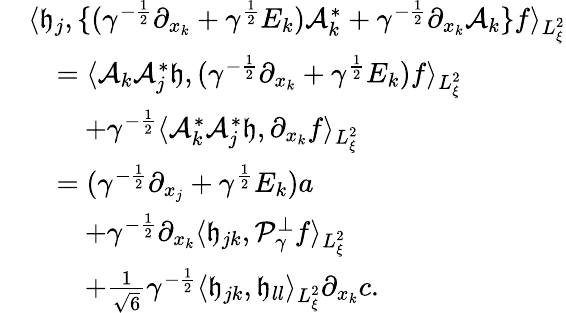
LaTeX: \begin{array}{rl}&{\langle\mathfrak h_{j},\{ (\gamma^{-\frac{1}{2}}\partial_{x_{k}}+\gamma^{\frac{1}{2}}E_{k})\mathcal A_{k}^{*}+\gamma^{-\frac{1}{2}}\partial_{x_{k}}\mathcal A_{k}\} f\rangle_{L_{\xi}^{2}}}\\ &{\quad=\langle\mathcal A_{k}\mathcal A_{j}^{*}\mathfrak h,(\gamma^{-\frac{1}{2}}\partial_{x_{k}}+\gamma^{\frac{1}{2}}E_{k})f\rangle_{L_{\xi}^{2}}}\\ &{\quad\quad+\gamma^{-\frac{1}{2}}\langle\mathcal A_{k}^{*}\mathcal A_{j}^{*}\mathfrak h,\partial_{x_{k}}f\rangle_{L_{\xi}^{2}}}\\ &{\quad=(\gamma^{-\frac{1}{2}}\partial_{x_{j}}+\gamma^{\frac{1}{2}}E_{k})a}\\ &{\quad\quad+\gamma^{-\frac{1}{2}}\partial_{x_{k}}\langle\mathfrak h_{jk},\mathcal P_{\gamma}^{\perp}f\rangle_{L_{\xi}^{2}}}\\ &{\quad\quad+\frac{1}{\sqrt{6}}\gamma^{-\frac{1}{2}}\langle\mathfrak h_{jk},\mathfrak h_{ll}\rangle_{L_{\xi}^{2}}\partial_{x_{k}}c.}\end{array}